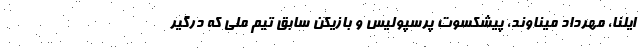
ایلنا، مهرداد میناوند، پیشکسوت پرسپولیس و بازیکن سابق تیم ملی که درگیر